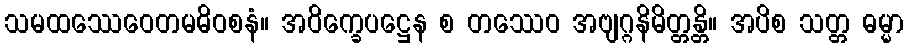
သမထဿေဝေတမဓိဝစနံ။ အဝိက္ခေပဋ္ဌေန စ တဿေဝ အဗျဂ္ဂနိမိတ္တန္တိ။ အပိစ သတ္တ ဓမ္မာ